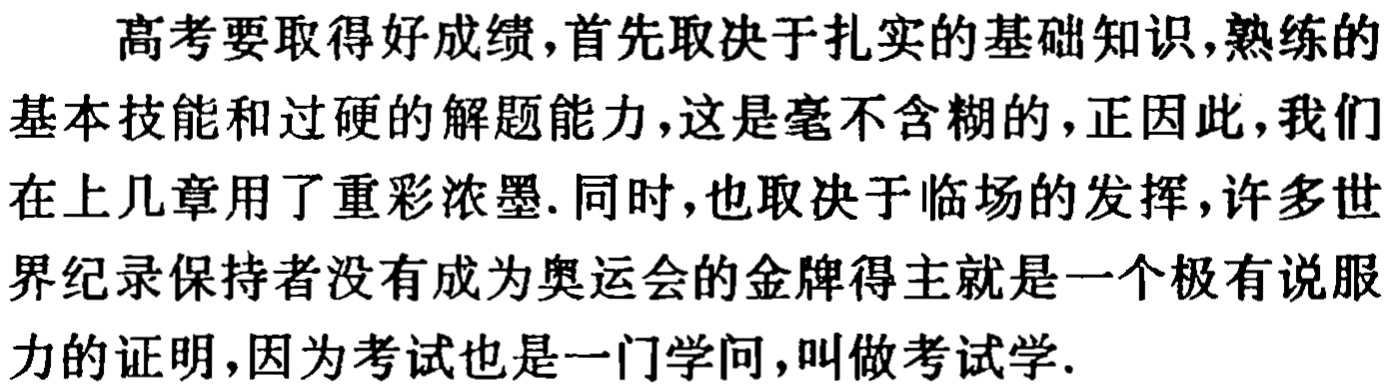
高考要取得好成绩,首先取决于扎实的基础知识,熟练的基本技能和过硬的解题能力,这是毫不含糊的,正因此,我们在上几章用了重彩浓墨. 同时,也取决于临场的发挥,许多世界纪录保持者没有成为奥运会的金牌得主就是一个极有说服力的证明,因为考试也是一门学问,叫做考试学.